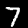
Label: 7